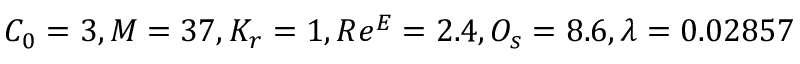
C _ { 0 } = 3 , M = 3 7 , K _ { r } = 1 , R e ^ { E } = 2 . 4 , O _ { s } = 8 . 6 , \lambda = 0 . 0 2 8 5 7